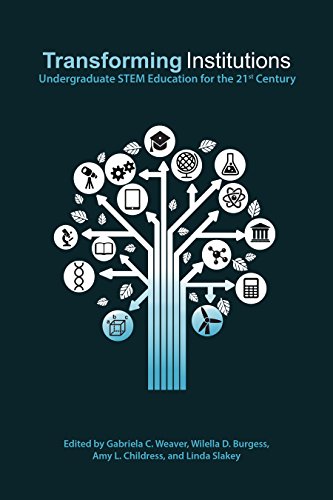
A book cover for Transforming Institutions: Undergraduate Stem Education for the 21st Century; Education & Teaching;